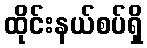
ထိုင်းနယ်စပ်ရှိ